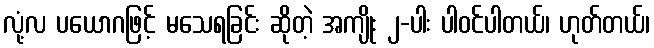
လုံ့လ ပယောဂဖြင့် မသေရခြင်း ဆိုတဲ့ အကျိုး ၂-ပါး ပါဝင်ပါတယ်၊ ဟုတ်တယ်၊